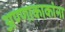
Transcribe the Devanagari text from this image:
अण्णाकाकांना